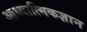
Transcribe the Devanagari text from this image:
आध्यात्मिकज्ञान